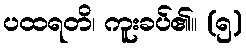
ပထရတိ၊ ကူးခပ်၏။ (၅)